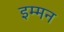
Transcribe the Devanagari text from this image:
इम्मन